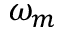
\omega _ { m }